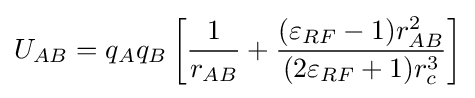
U_{AB}=q_{A}q_{B}\left[{\frac {1}{r_{AB}}}+{\frac {(\varepsilon _{RF}-1)r_{AB}^{2}}{(2\varepsilon _{RF}+1)r_{c}^{3}}}\right]